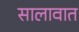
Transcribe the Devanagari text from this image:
सालावात